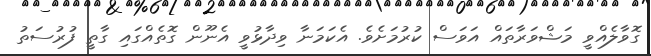
ގޮވާލެއްވީ މަޝްވަރާތައް އަވަސް ކުރުމަށެވެ. އެކަމަނާ ވިދާޅުވީ އެނޫން ގޮތެއްގައި ގާތީ ފުރުސަތު